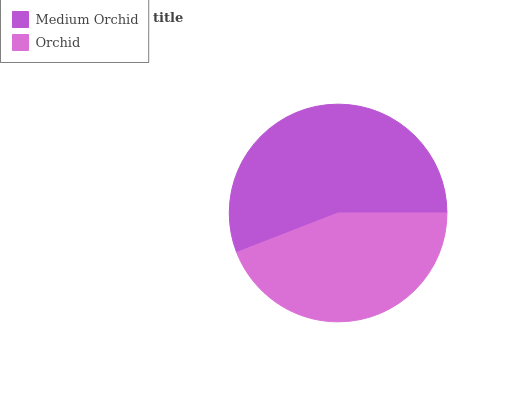
| Medium Orchid | Orchid |
 | --- | --- |
 | 55.9% | 44.1% |